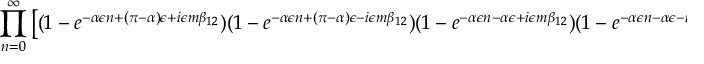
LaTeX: \prod _ { n = 0 } ^ { \infty } \left[ ( 1 - e ^ { - \alpha \epsilon n + ( \pi - \alpha ) \epsilon + i \epsilon m \beta _ { 1 2 } } ) ( 1 - e ^ { - \alpha \epsilon n + ( \pi - \alpha ) \epsilon - i \epsilon m \beta _ { 1 2 } } ) ( 1 - e ^ { - \alpha \epsilon n - \alpha \epsilon + i \epsilon m \beta _ { 1 2 } } ) ( 1 - e ^ { - \alpha \epsilon n - \alpha \epsilon - i \epsilon m \beta _ { 1 2 } } ) \right] .